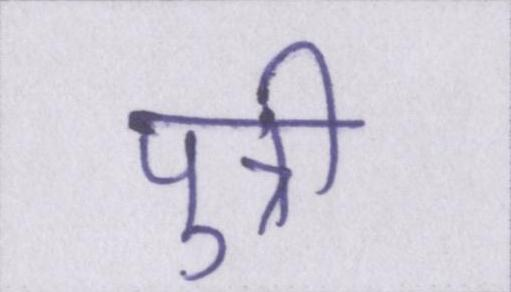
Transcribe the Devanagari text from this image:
पुत्री